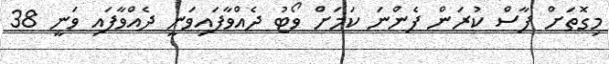
މިގޮތަށް ފާސް ކުރަން ފެންނަ ކަމަށް ވޯޓު ދެއްވާފައިވަނީ ދެއްވާފައި ވަނީ 38